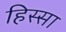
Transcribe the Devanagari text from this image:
हिस्सा